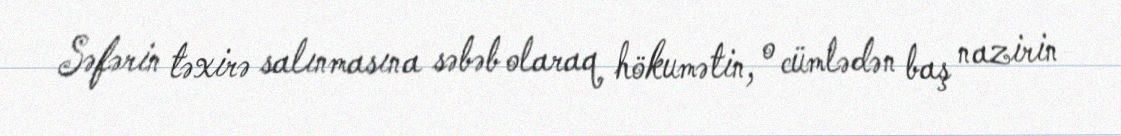
Səfərin təxirə salınmasına səbəb olaraq hökumətin, o cümlədən baş nazirin